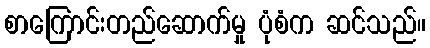
စာကြောင်းတည်ဆောက်မှု ပုံစံက ဆင်သည်။